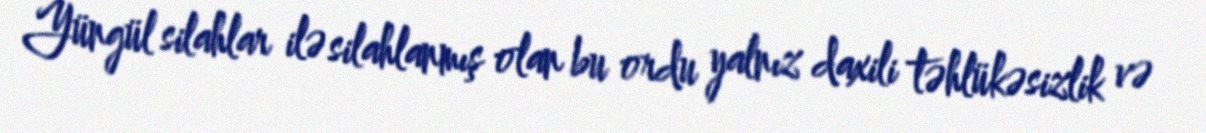
Yüngül silahlar ilə silahlanmış olan bu ordu yalnız daxili təhlükəsizlik və